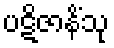
ပဋိဇာနိံသု